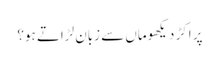
پر اکڑ دیکھوماں سے زبان لڑاتے ہو؟